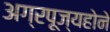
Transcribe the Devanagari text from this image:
अग्रपूज्यहोने